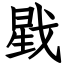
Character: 戥